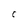
Character: C